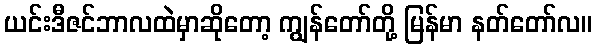
ယင်းဒီဇင်ဘာလထဲမှာဆိုတော့ ကျွန်တော်တို့ မြန်မာ နတ်တော်လ။